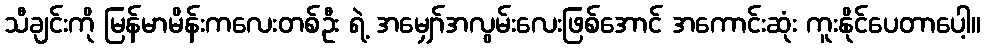
သီချင်းကို မြန်မာမိန်းကလေးတစ်ဦး ရဲ့ အမျှော်အလွမ်းလေးဖြစ်အောင် အကောင်းဆုံး ကူးနိုင်ပေတာပေါ့။